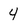
Character: 4